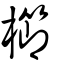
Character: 櫛